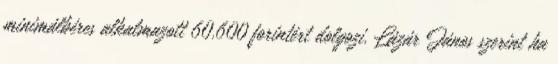
minimálbéres alkalmazott 60.600 forintért dolgozi. Lázár János szerint ha